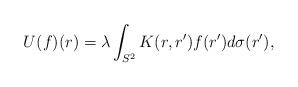
LaTeX: \begin{align*} U (f) (r) = \lambda \int_{S^2} K (r, r') f (r') d \sigma (r'),\end{align*}